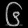
Digit: ၆